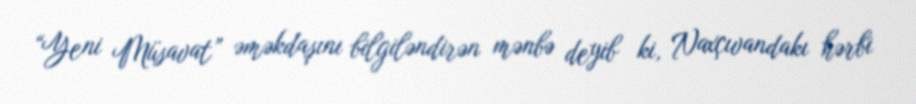
“Yeni Müsavat” əməkdaşını bilgiləndirən mənbə deyib ki, Naxçıvandakı hərbi